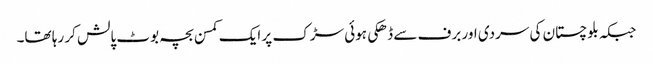
جبکہ بلوچستان کی سردی اور برف سے ڈھکی ہوئی سڑک پر ایک کمسن بچہ بوٹ پالش کر رہا تھا۔